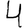
Digit: 4